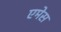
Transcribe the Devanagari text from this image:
एमेस